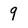
Character: 9